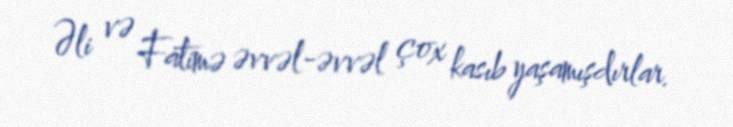
Əli və Fatimə əvvəl-əvvəl çox kasıb yaşamışdırlar.